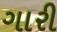
ગારી